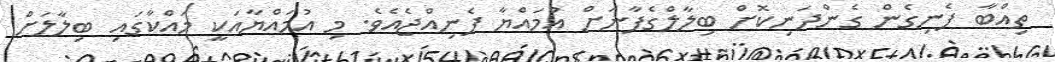
ތިއްބާ ފެނިގެން ގެންދަނިކޮށް ބިލާލްގެފާނަށް އުމައްޔާ ފެނިއްޖެއެވެ. މި އުމައްޔާއަކީ މައްކާގައި ބިލާލަށް